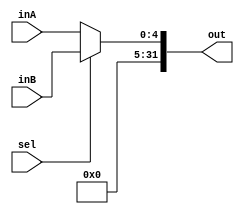
`timescale 1ns / 1ps
//////////////////////////////////////////////////////////////////////////////////
// Company: 
// Engineer: 
// 
// Design Name: 
// Module Name: Mux5Bit2To1
// Project Name: 
// Target Devices: 
// Tool Versions: 
// Description: 
// 
// Dependencies: 
// 
// Revision:
// Revision 0.01 - File Created
// Additional Comments:
// 
//////////////////////////////////////////////////////////////////////////////////


module Mux5Bit2To1(inA, inB, sel, out);

    output reg [31:0] out;
    
    input [4:0] inA;
    input [4:0] inB;
    input sel;

    always @(sel, inA, inB) begin
        if (sel == 0) begin
            out <= inA;
        end 
        else begin
            out <= inB;
        end
    end

endmodule